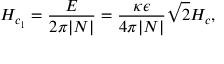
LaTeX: H _ { c _ { 1 } } = { \frac { \cal E } { 2 \pi | N | } } = { \frac { \kappa \epsilon } { 4 \pi | N | } } \sqrt { 2 } H _ { c } ,